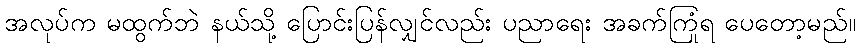
အလုပ်က မထွက်ဘဲ နယ်သို့ ပြောင်းပြန်လျှင်လည်း ပညာရေး အခက်ကြုံရ ပေတော့မည်။